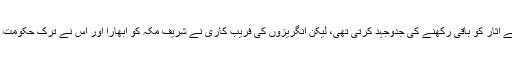
بڑے امن و سکون کی زندگی تھی، ترک حکومت بزرگوں کے آثار کو باقی رکھنے کی جدّوجہد کرتی تھی، لیکن انگریزوں کی فریب کاری نے شریفِ مکہ کو ابھارا اور اس نے ترک حکومت کے خلاف بغاوت کردی، انگریزوں کی مدد سے جنگ ہوئی۔